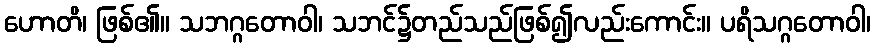
ဟောတိ၊ ဖြစ်၏။ သဘဂ္ဂတောဝါ၊ သဘင်၌တည်သည်ဖြစ်၍လည်းကောင်း။ ပရိသဂ္ဂတောဝါ၊